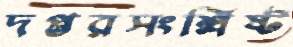
দপ্তরসংশ্লিষ্ট